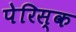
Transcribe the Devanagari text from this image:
पेरिस्क